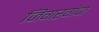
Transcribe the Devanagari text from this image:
जिगरगंज